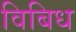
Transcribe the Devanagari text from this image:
विबिध